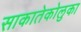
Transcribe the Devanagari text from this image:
साकातेकोलुका